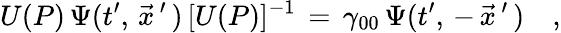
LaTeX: U(P)\, \Psi(t^{\prime},\, \vec{x}\, ^{\prime}\, )\, [U(P)]^{-1}\, =\, \gamma_{00}\, \Psi(t^{\prime},\, -\, \vec{x}\, ^{\prime}\, )\quad,